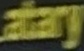
atary